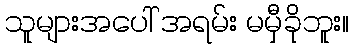
သူများအပေါ် အရမ်း မမှီခိုဘူး။